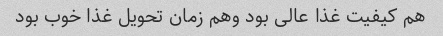
هم کیفیت غذا عالی بود و‌هم زمان تحویل غذا خوب بود